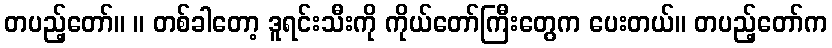
တပည့်တော်။ ။ တစ်ခါတော့ ဒူရင်းသီးကို ကိုယ်တော်ကြီးတွေက ပေးတယ်။ တပည့်တော်က